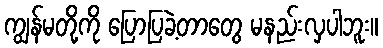
ကျွန်မတို့ကို ပြောပြခဲ့တာတွေ မနည်းလှပါဘူး။